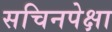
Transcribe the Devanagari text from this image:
सचिनपेक्षा